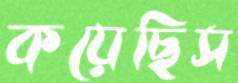
কয়েছিস